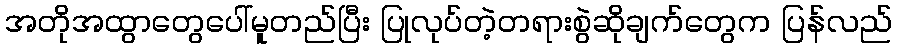
အတိုအထွာတွေပေါ်မူတည်ပြီး ပြုလုပ်တဲ့တရားစွဲဆိုချက်တွေက ပြန်လည်